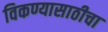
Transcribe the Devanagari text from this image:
विकण्यासाठीचा